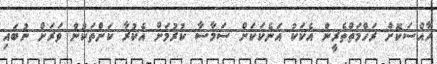
ހާއްސަކޮށް ރަހްމަތްތެރީން އެކަކު އަނެކަކަށް ސަމާސާ ކުރުމަށް އެކުރާ ކަންތަކުން ވަރަށް ނުބައި